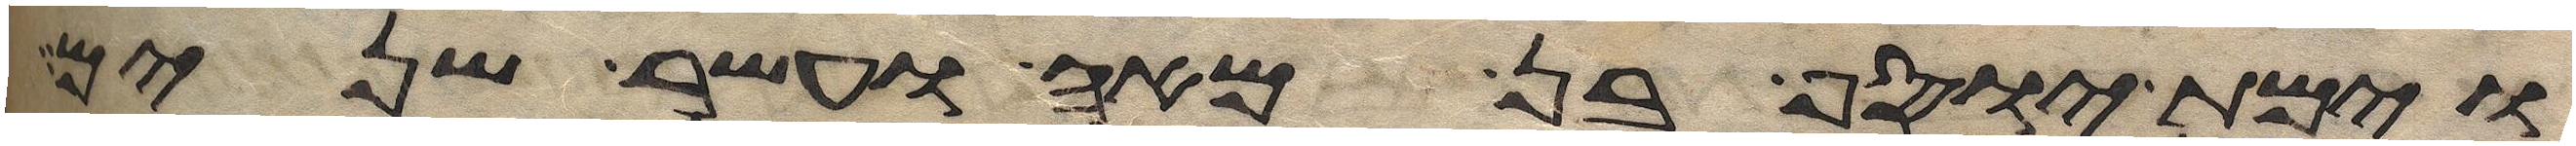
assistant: וימת יוסף בן מאה ועשר שנים